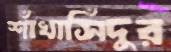
শাঁখাসিঁদুর